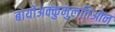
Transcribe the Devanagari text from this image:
बायोअक्कुमुलतिओन